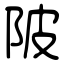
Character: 陂